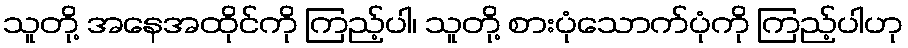
သူတို့ အနေအထိုင်ကို ကြည့်ပါ၊ သူတို့ စားပုံသောက်ပုံကို ကြည့်ပါဟု